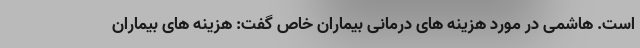
است. هاشمی در مورد هزینه های درمانی بیماران خاص گفت: هزینه های بیماران